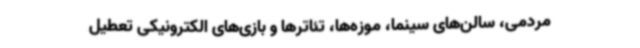
مردمی، سالن‌های سینما، موزه‌ها، تئاترها و بازی‌های الکترونیکی تعطیل